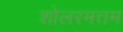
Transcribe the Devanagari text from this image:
शोलरमत्तम